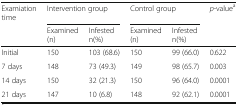
<table><thead><tr><td><b>Examiation time</b></td><td colspan="2"><b>Intervention group</b></td><td colspan="2"><b>Control group</b></td><td><b><i>p</i>-value<sup>a</sup></b></td></tr><tr><td>[EMPTY_CELL]</td><td><b>Examined (n)</b></td><td><b>Infested n(%)</b></td><td><b>Examined (n)</b></td><td><b>Infested n(%)</b></td><td>[EMPTY_CELL]</td></tr></thead><tbody><tr><td>Initial</td><td>150</td><td>103 (68.6)</td><td>150</td><td>99 (66.0)</td><td>0.622</td></tr><tr><td>7 days</td><td>148</td><td>73 (49.3)</td><td>149</td><td>98 (65.7)</td><td>0.003</td></tr><tr><td>14 days</td><td>150</td><td>32 (21.3)</td><td>150</td><td>96 (64.0)</td><td>0.0001</td></tr><tr><td>21 days</td><td>147</td><td>10 (6.8)</td><td>148</td><td>92 (62.1)</td><td>0.0001</td></tr></tbody></table>